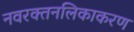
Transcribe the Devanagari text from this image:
नवरक्तनलिकाकरण